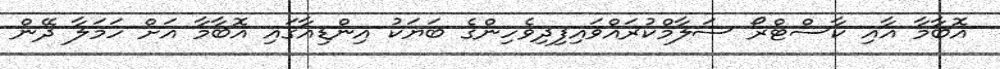
އޮބާމާ އާއި ކާސްޓްރޯ ސަލާމްކުރައްވައިފިދިވެހިންގެ ބަޔަކު އިންޑިއާގައި އޮބާމާ އަށް ހަމަލާ ދޭން